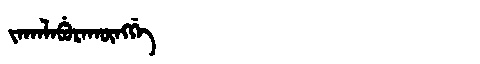
Manchu: ᠵᠠᡴᠠᠯᠠᠪᡠᡵᠠᡴᡡᠩᡤᡝ
Romanization: JAKALABURAKŪNGGE